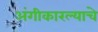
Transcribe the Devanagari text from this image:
अंगीकारल्याचे